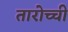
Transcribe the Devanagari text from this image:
तारोच्ची